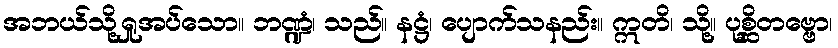
အဘယ်သို့ရှုအပ်သော။ ဘဏ္ဍံ၊ သည်။ နဋ္ဌံ၊ ပျောက်သနည်း။ ဣတိ၊ သို့။ ပုစ္ဆိတဗ္ဗော၊